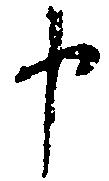
申